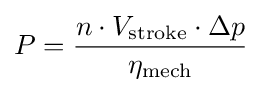
P={n\cdot V_{\text{stroke}}\cdot \Delta p \over \eta _{\text{mech}}}